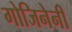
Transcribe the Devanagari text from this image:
गोजिनेनी